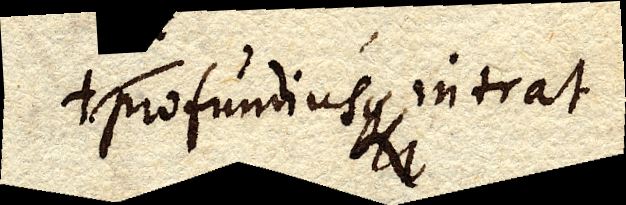
+profundius intrat